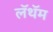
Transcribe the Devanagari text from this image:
लॅथॅम